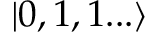
| 0 , 1 , 1 . . . \rangle